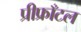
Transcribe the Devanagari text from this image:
प्रीफ्राँटल